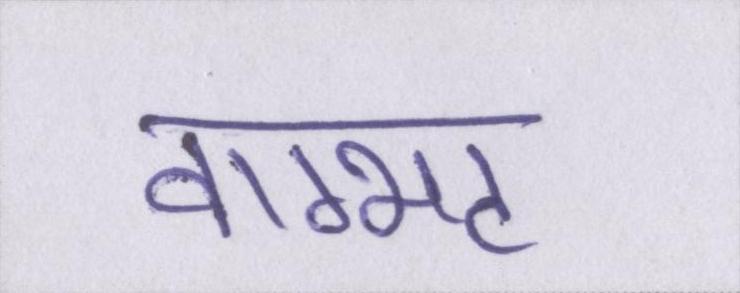
वाग्भट